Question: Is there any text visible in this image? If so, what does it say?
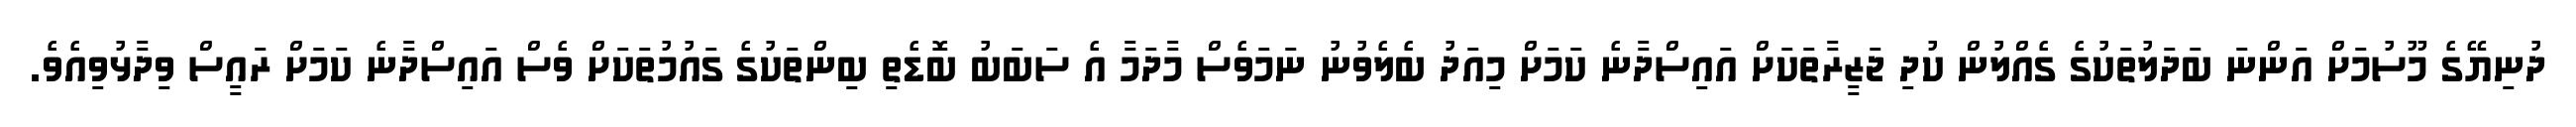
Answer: ދުނިޔޭގެ މޫސުމަށް އަންނަ ބަދަލުތަކުގެ ގެއްލުން ކުދި ޖަޒީރާތަކަށް އައިސްދާނެ ކަމަށް މިއަދު ބެލެވުނު ނަމަވެސް މާދަމާ އެ ސަބަބު ބޮޑެތި ބިންތަކުގެ ގައުމުތަކަށް ވެސް އައިސްދާނެ ކަމަށް ރައީސް ވިދާޅުވިއެވެ.